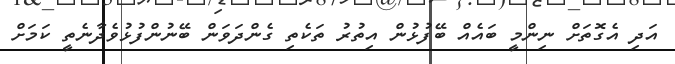
އަދި އެގޮތަށް ނިންމީ ބައެއް ބޭފުޅުން އިތުރު ތަކެތި ގެންދަވަން ބޭނުންފުޅުވެދާނެތީ ކަމަށް